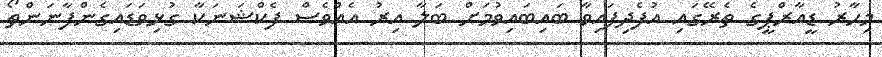
މިހާރު ޑީއާރްޕީގެ ތެރޭގައި އުފެދިފައިވާ ބައިބައިވުމަށް ބަލާ އިރު އެއްވެސް ފެކްޝަނަކާ ގުޅިވަޑައިގެންފާނަންތޯ